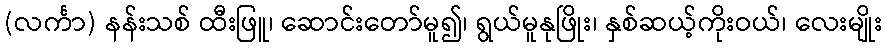
(လင်္ကာ) နန်းသစ် ထီးဖြူ၊ ဆောင်းတော်မူ၍၊ ရွယ်မူနုဖြိုး၊ နှစ်ဆယ့်ကိုးဝယ်၊ လေးမျိုး